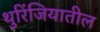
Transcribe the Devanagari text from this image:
थुरिंजियातील